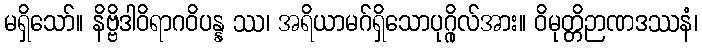
မရှိသော်။ နိဗ္ဗိဒါဝိရာဂဝိပန္န ဿ၊ အရိယာမဂ်ရှိသောပုဂ္ဂိုလ်အား။ ဝိမုတ္တိဉာဏဒဿနံ၊